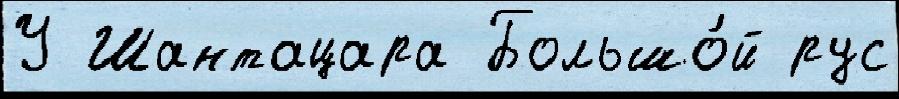
У Шантацара Большо́й рус